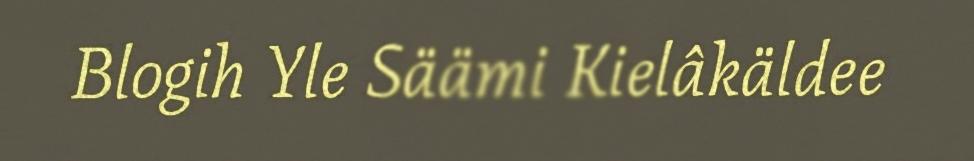
Blogih Yle Säämi Kielâkäldee